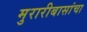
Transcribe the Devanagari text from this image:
मुरारीबासांचा